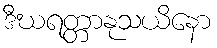
ဒီဃရတ္တာနုသယိနော